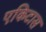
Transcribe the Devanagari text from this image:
एकिटास